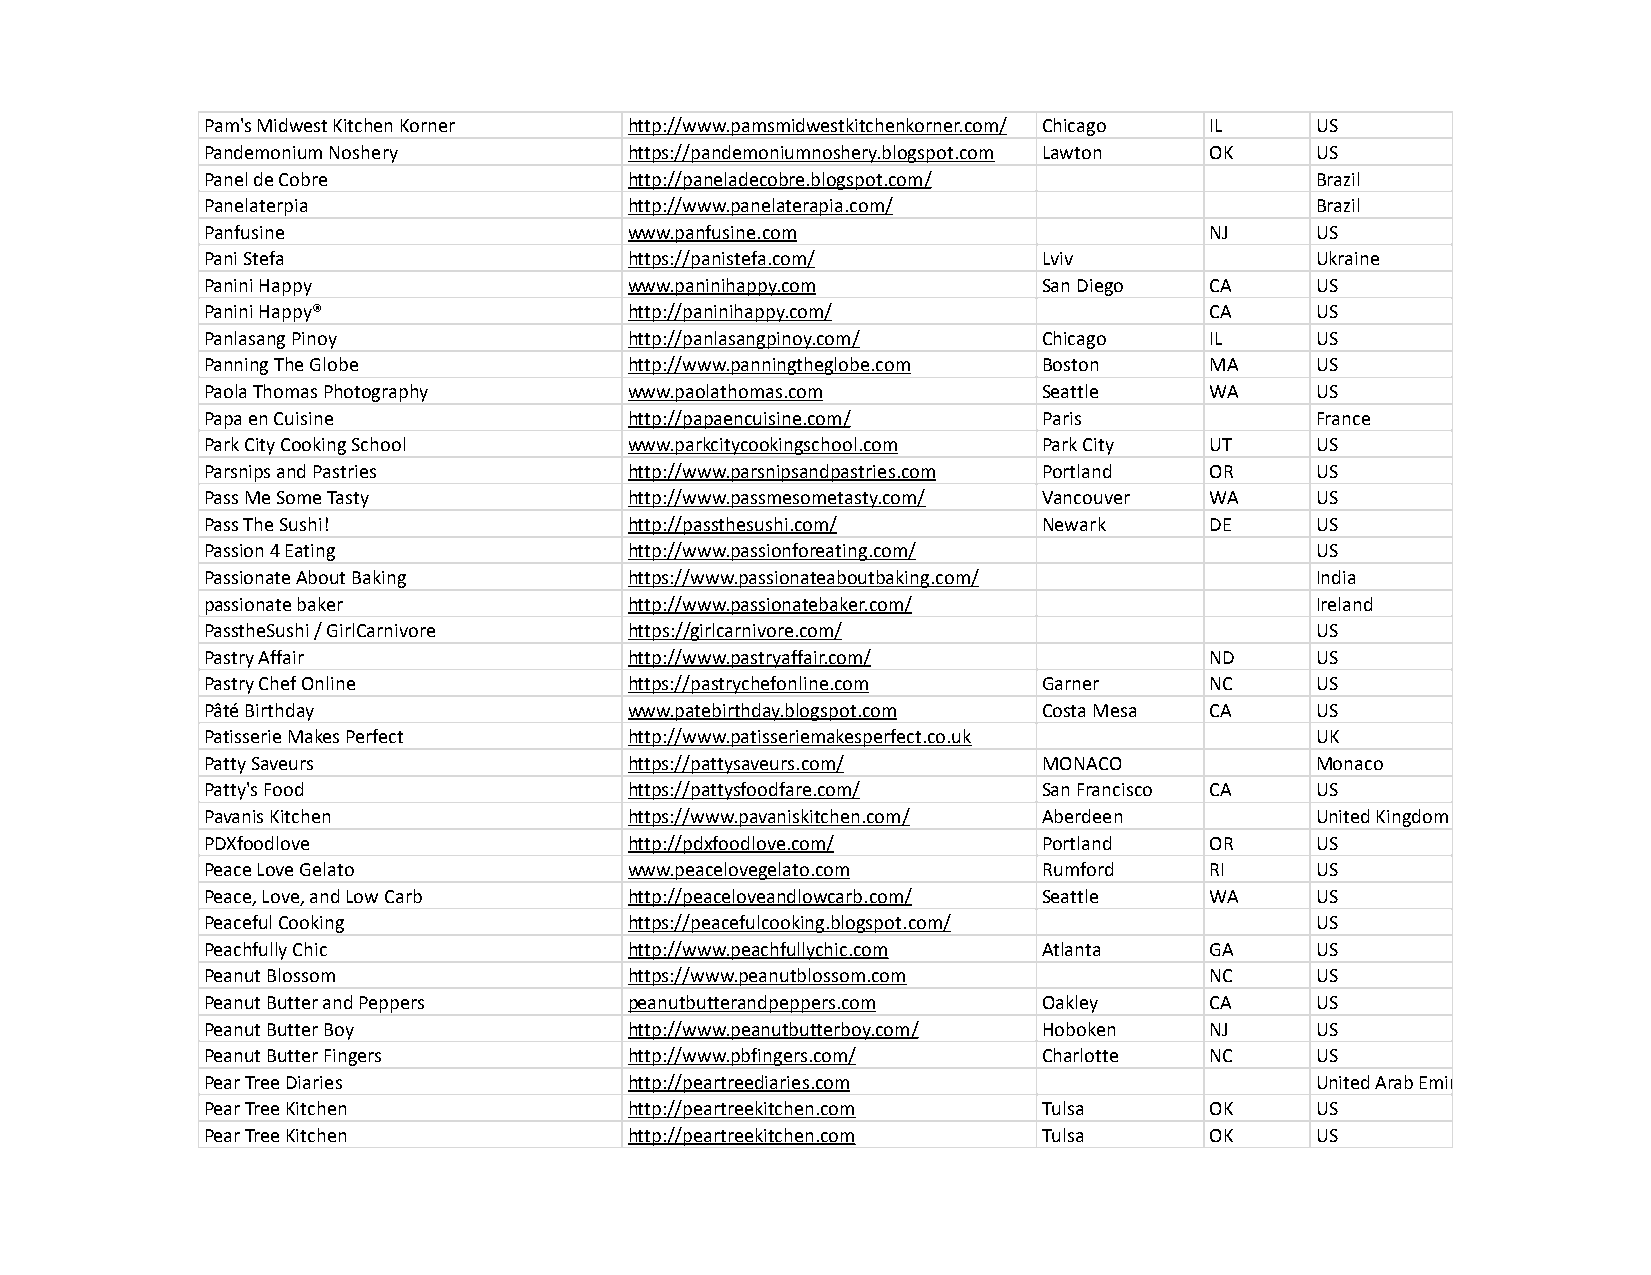
Pam's Midwest Kitchen Korner http://www.pamsmidwestkitchenkorner.com/ Chicago IL US
 Pandemonium Noshery         https://pandemoniumnoshery.blogspot.com Lawton OK US
 Panel de Cobre              http://paneladecobre.blogspot.com/           Brazil
 Panelaterpia                http://www.panelaterapia.com/                Brazil
 Panfusine                   www.panfusine.com                     NJ     US
 Pani Stefa                  https://panistefa.com/     Lviv              Ukraine
 Panini Happy                www.paninihappy.com        San Diego  CA     US
 Panini Happy®               http://paninihappy.com/               CA     US
 Panlasang Pinoy             http://panlasangpinoy.com/ Chicago    IL     US
 Panning The Globe           http://www.panningtheglobe.com Boston MA     US
 Paola Thomas Photography    www.paolathomas.com        Seattle    WA     US
 Papa en Cuisine             http://papaencuisine.com/  Paris             France
 Park City Cooking School    www.parkcitycookingschool.com Park City UT   US
 Parsnips and Pastries       http://www.parsnipsandpastries.com Portland OR US
 Pass Me Some Tasty          http://www.passmesometasty.com/ Vancouver WA US
 Pass The Sushi!             http://passthesushi.com/   Newark     DE     US
 Passion 4 Eating            http://www.passionforeating.com/             US
 Passionate About Baking     https://www.passionateaboutbaking.com/       India
 passionate baker            http://www.passionatebaker.com/              Ireland
 PasstheSushi / GirlCarnivore https://girlcarnivore.com/                  US
 Pastry Affair               http://www.pastryaffair.com/          ND     US
 Pastry Chef Online          https://pastrychefonline.com Garner   NC     US
 Pâté Birthday               www.patebirthday.blogspot.com Costa Mesa CA  US
 Patisserie Makes Perfect    http://www.patisseriemakesperfect.co.uk      UK
 Patty Saveurs               https://pattysaveurs.com/  MONACO            Monaco
 Patty's Food                https://pattysfoodfare.com/ San Francisco CA US
 Pavanis Kitchen             https://www.pavaniskitchen.com/ Aberdeen     United Kingdom
 PDXfoodlove                 http://pdxfoodlove.com/    Portland   OR     US
 Peace Love Gelato           www.peacelovegelato.com    Rumford    RI     US
 Peace, Love, and Low Carb   http://peaceloveandlowcarb.com/ Seattle WA   US
 Peaceful Cooking            https://peacefulcooking.blogspot.com/        US
 Peachfully Chic             http://www.peachfullychic.com Atlanta GA     US
 Peanut Blossom              https://www.peanutblossom.com         NC     US
 Peanut Butter and Peppers   peanutbutterandpeppers.com Oakley     CA     US
 Peanut Butter Boy           http://www.peanutbutterboy.com/ Hoboken NJ   US
 Peanut Butter Fingers       http://www.pbfingers.com/  Charlotte  NC     US
 Pear Tree Diaries           http://peartreediaries.com                   United Arab Emirates
 Pear Tree Kitchen           http://peartreekitchen.com Tulsa      OK     US
 Pear Tree Kitchen           http://peartreekitchen.com Tulsa      OK     US